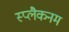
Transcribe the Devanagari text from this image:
स्प्लैकनम